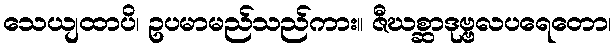
သေယျထာပိ၊ ဥပမာမည်သည်ကား။ ဇီဃစ္ဆာဒုဗ္ဗလပရေတော၊